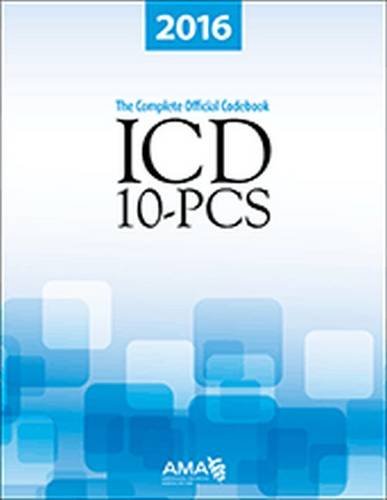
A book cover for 2016 ICD-10-PCs: The Complete Official Draft Code Set; American Medical Association; Medical Books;